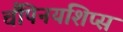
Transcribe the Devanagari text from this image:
चैंपिनयशिप्स